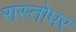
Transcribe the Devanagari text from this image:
रास्तोपर